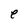
Character: e